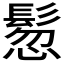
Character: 𩭳